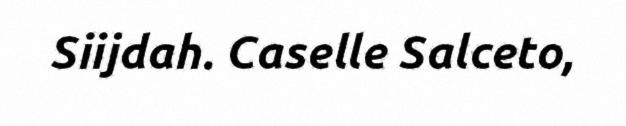
Siijdah. Caselle Salceto,